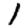
Digit: 1